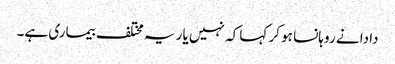
دادا نے روہانسا ہو کر کہا کہ نہیں یار یہ مختلف بیماری ہے۔